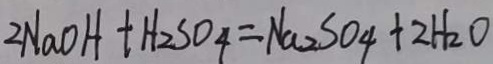
2 N a O H + H _ { 2 } S O _ { 4 } = N a _ { 2 } S O _ { 4 } + 2 H _ { 2 } O